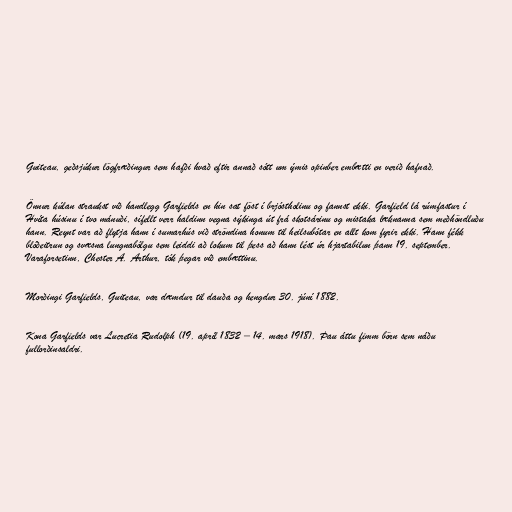
Guiteau, geðsjúkur lögfræðingur sem hafði hvað eftir annað sótt um ýmis opinber embætti en verið hafnað.

Önnur kúlan straukst við handlegg Garfields en hin sat föst í brjóstholinu og fannst ekki. Garfield lá rúmfastur í
Hvíta húsinu í tvo mánuði, sífellt verr haldinn vegna sýkinga út frá skotsárinu og mistaka læknanna sem meðhöndluðu
hann. Reynt var að flytja hann í sumarhús við ströndina honum til heilsubótar en allt kom fyrir ekki. Hann fékk
blóðeitrun og svæsna lungnabólgu sem leiddi að lokum til þess að hann lést úr hjartabilun þann 19. september.
Varaforsetinn, Chester A. Arthur, tók þegar við embættinu.

Morðingi Garfields, Guiteau, var dæmdur til dauða og hengdur 30. júní 1882.

Kona Garfields var Lucretia Rudolph (19. apríl 1832 – 14. mars 1918). Þau áttu fimm börn sem náðu
fullorðinsaldri.